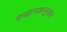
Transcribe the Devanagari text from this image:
कथानकानुसार